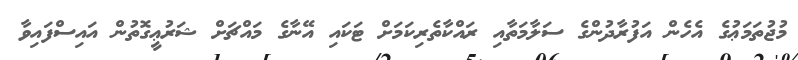
މުޖުތަމަޢުގެ އެހެން އަފުރާދުންގެ ސަލާމަތާއި ރައްކާތެރިކަމަށް ޓަކައި އޭނާގެ މައްޗަށް ޝަރުޢީގޮތުން އައިސްފައިވާ